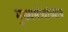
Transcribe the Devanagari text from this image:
मुख्यमंत्र्यांच्याच